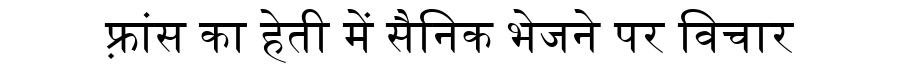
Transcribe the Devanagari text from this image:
फ़्रांस का हेती में सैनिक भेजने पर विचार